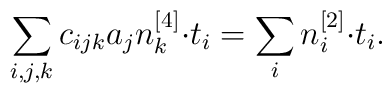
\sum_{i,j,k}c_{ijk}a_jn^{[4]}_k{\cdot}t_i = \sum_in^{[2]}_i{\cdot}t_i.